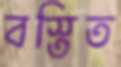
বস্তিত